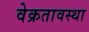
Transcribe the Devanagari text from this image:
वेक्रतावस्था